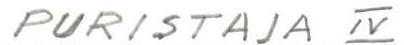
PURISTAJA IV